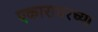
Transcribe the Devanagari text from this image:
एकारावरच्या